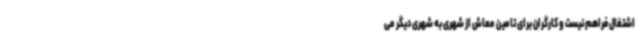
اشتغال فراهم نیست و کارگران برای تامین معاش از شهری به شهری دیگر می